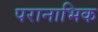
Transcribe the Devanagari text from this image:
परानाभिक